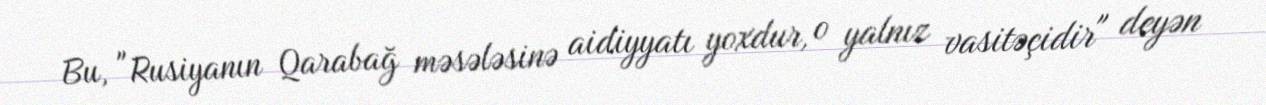
Bu, "Rusiyanın Qarabağ məsələsinə aidiyyatı yoxdur, o yalnız vasitəçidir" deyən